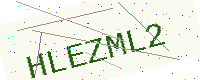
Text: HLEZML2